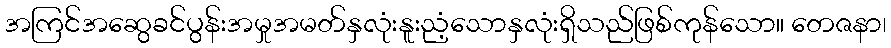
အကြင်အဆွေခင်ပွန်းအမှုအမတ်နှလုံးနူးညံ့သောနှလုံးရှိသည်ဖြစ်ကုန်သော။ တေဇနာ၊